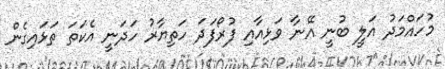
މުހައްމަދު އަލީ ބުނީ އޭނާ ވަޅިއާއި ފުރޯފަދަ ހަތިޔާރު ހަދަނީ އެކަތަ ތަޅައިގެން